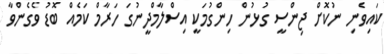
ކައިވެނި ނުކޮށް ޖިންސީ ގުޅުން ހިންގުމަކީ އިސްލާމްދީނުގަ ހަރާމް ކަމެއް ބޮޑު ވެގެންވާ